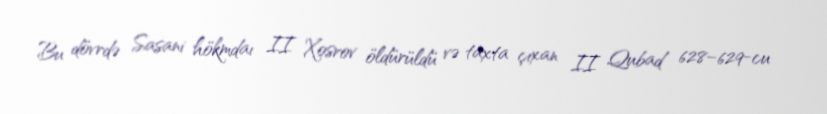
Bu dövrdə Sasani hökmdaı II Xosrov öldürüldü və taxta çıxan II Qubad 628–629-cu